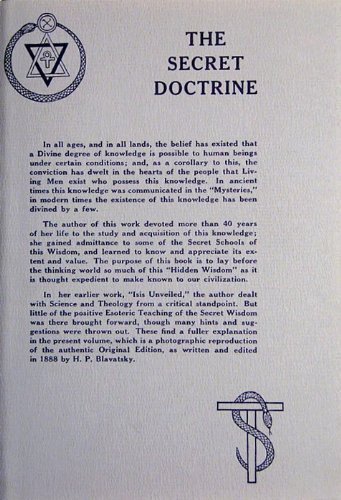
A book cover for The Secret Doctrine: Volumes I and II : A Facsimile of the Original Edition of 1888; Helena Petrovna Blavatsky; Religion & Spirituality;